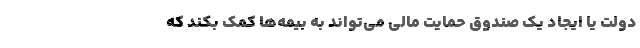
دولت یا ایجاد یک صندوق حمایت مالی می‌تواند به بیمه‌ها کمک بکند که